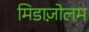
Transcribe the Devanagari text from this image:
मिडाज़ोलम